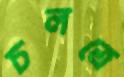
চলত্রে